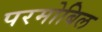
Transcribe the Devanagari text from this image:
परमोबिल